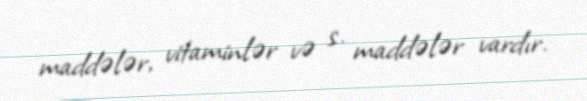
maddələr, vitaminlər və s. maddələr vardır.